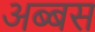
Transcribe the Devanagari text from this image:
अब्बस